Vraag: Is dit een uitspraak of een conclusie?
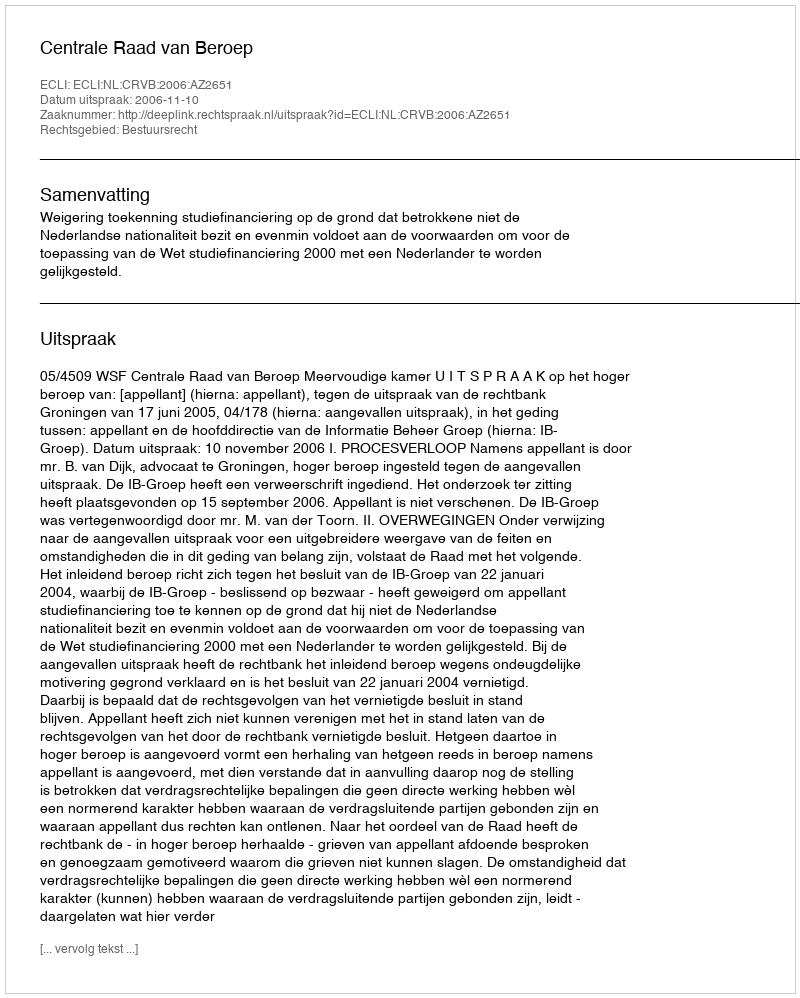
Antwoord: Uitspraak